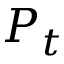
P _ { t }